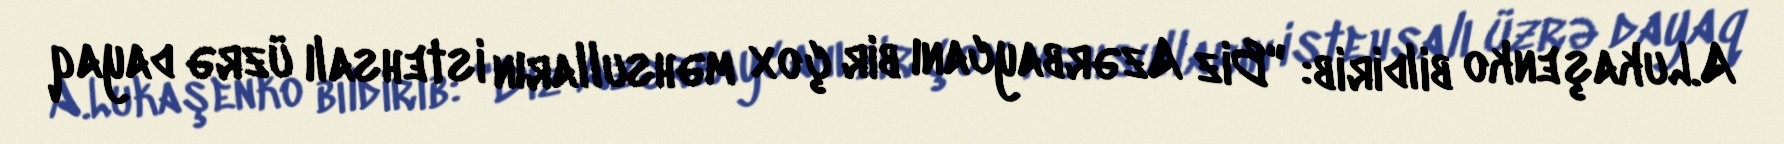
A.Lukaşenko bildirib: "Biz Azərbaycanı bir çox məhsulların istehsalı üzrə dayaq